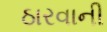
ઠારવાની